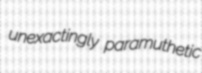
unexactingly paramuthetic